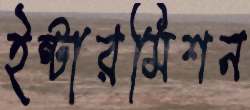
ইন্টারমিশন